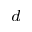
^ { d }